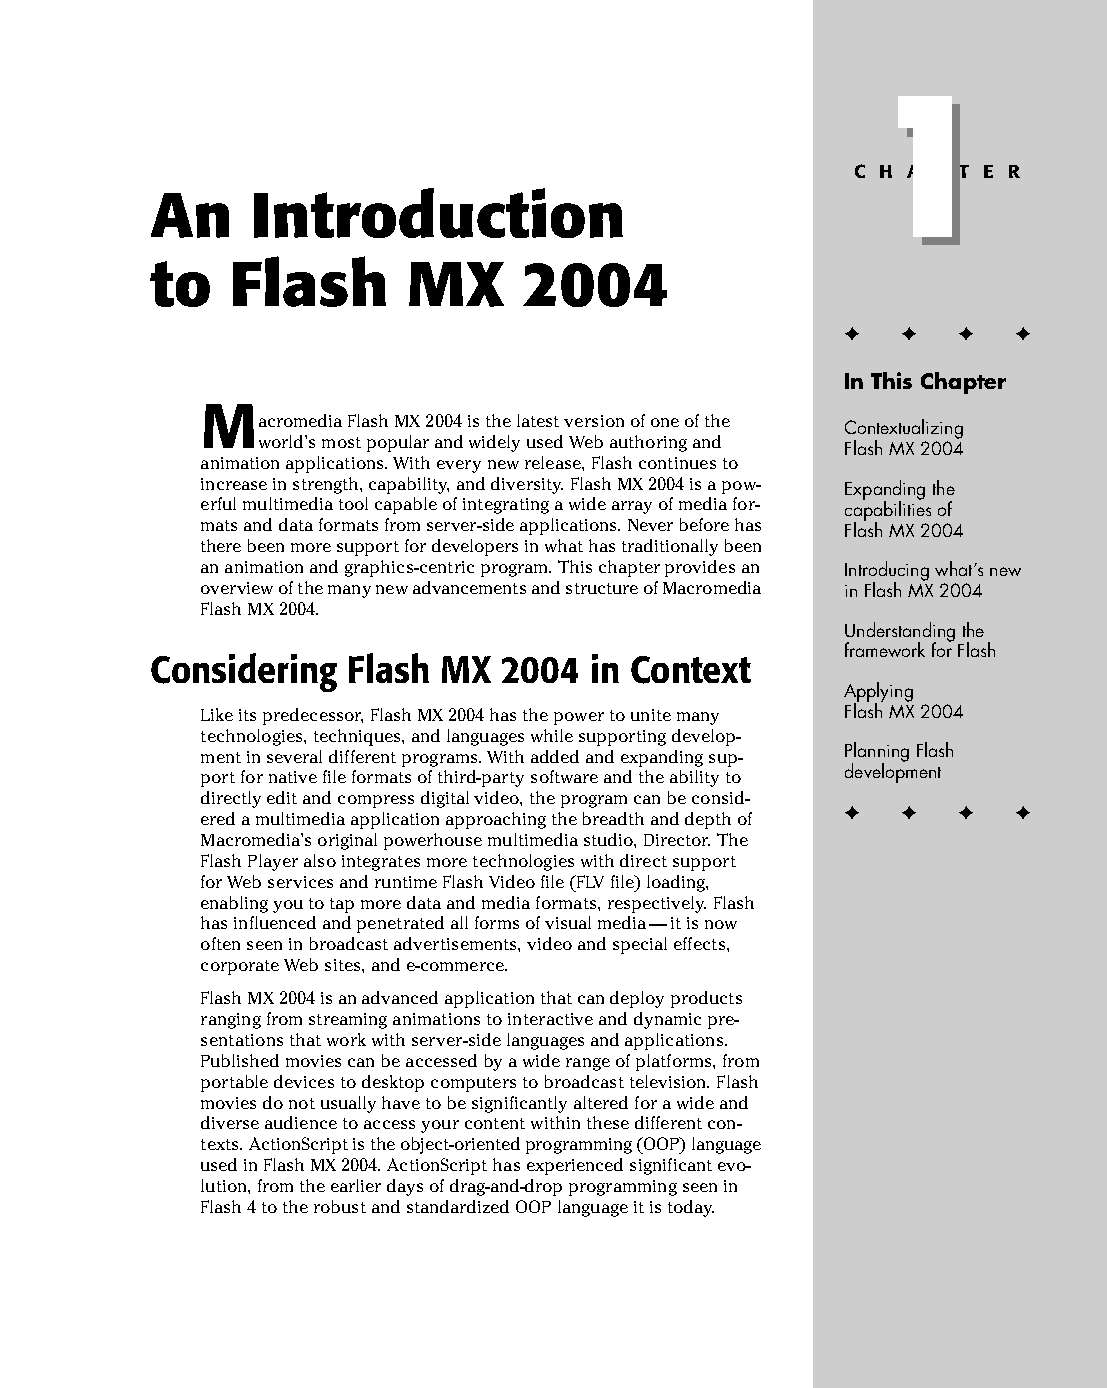
03 543547 ch01.qxd 3/24/04 3:50 PM Page 3
 1
 1
 C H A P T E R
 An     Introduction
 to   Flash       MX      2004
 ✦  ✦ ✦  ✦
 In This Chapter
 M
 acromedia Flash MX 2004 is the latest version of one of the
 Contextualizing
 world’s most popular and widely used Web authoring and
 Flash MX 2004
 animation applications. With every new release, Flash continues to
 increase in strength, capability, and diversity. Flash MX 2004 is a pow­ Expanding the
 erful multimedia tool capable of integrating a wide array of media for­ capabilities of
 mats and data formats from server-side applications. Never before has Flash MX 2004
 there been more support for developers in what has traditionally been
 an animation and graphics-centric program. This chapter provides an Introducing what’s new
 overview of the many new advancements and structure of Macromedia in Flash MX 2004
 Flash MX 2004.
 Understanding the
 framework for Flash
 Considering  Flash MX  2004  in Context
 Applying
 Like its predecessor, Flash MX 2004 has the power to unite many Flash MX 2004
 technologies, techniques, and languages while supporting develop­
 ment in several different programs. With added and expanding sup­ Planning Flash
 port for native file formats of third-party software and the ability to development
 directly edit and compress digital video, the program can be consid­
 ✦  ✦ ✦  ✦
 ered a multimedia application approaching the breadth and depth of
 Macromedia’s original powerhouse multimedia studio, Director. The
 Flash Player also integrates more technologies with direct support
 for Web services and runtime Flash Video file (FLV file) loading,
 enabling you to tap more data and media formats, respectively. Flash
 has influenced and penetrated all forms of visual media — it is now
 often seen in broadcast advertisements, video and special effects,
 corporate Web sites, and e-commerce.
 Flash MX 2004 is an advanced application that can deploy products
 ranging from streaming animations to interactive and dynamic pre­
 sentations that work with server-side languages and applications.
 Published movies can be accessed by a wide range of platforms, from
 portable devices to desktop computers to broadcast television. Flash
 movies do not usually have to be significantly altered for a wide and
 diverse audience to access your content within these different con­
 texts. ActionScript is the object-oriented programming (OOP) language
 used in Flash MX 2004. ActionScript has experienced significant evo­
 lution, from the earlier days of drag-and-drop programming seen in
 Flash 4 to the robust and standardized OOP language it is today.